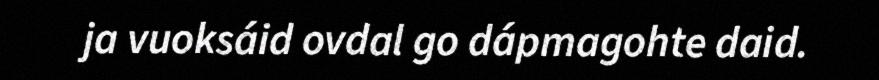
ja vuoksáid ovdal go dápmagohte daid.